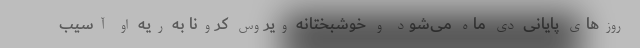
روز‌های پایانی دی ماه می‌شود و خوشبختانه ویروس کرونا به ریه او آسیب